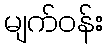
မျက်ဝန်း